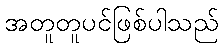
အတူတူပင်ဖြစ်ပါသည်